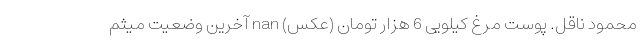
محمود ناقل. پوست مرغ کیلویی 6 هزار تومان (عکس) nan آخرین وضعیت میثم